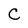
Character: C